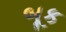
બૂક